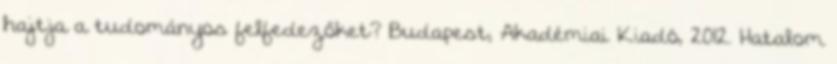
hajtja a tudományos felfedezőket? Budapest, Akadémiai Kiadó, 2012. Hatalom